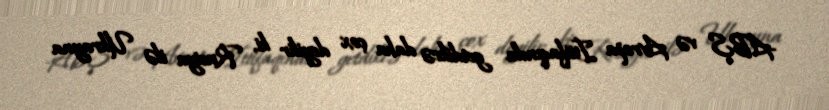
-ABŞ və Avropa İttifaqında getdikcə daha çox deyilir ki, Rusiya ilə Ukrayna